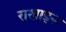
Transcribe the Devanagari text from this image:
राखाइन